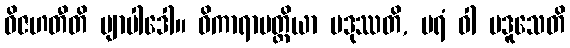
ဝိဇဟတီတိ ဗျာပါဒေါ။ ဝိကာရာပတ္တိယာ ပဒုဿတိ, ပရံ ဝါ ပဒူသေတိ